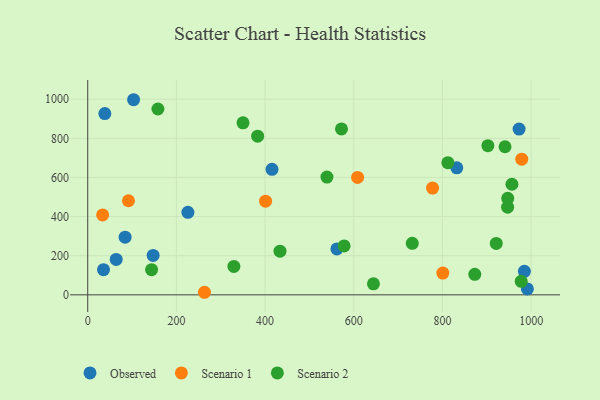
{"axis": {"x": "Engine Size", "y": "Exam Score"}, "legend": ["Observed", "Scenario 1", "Scenario 2"], "data": [{"x": "991.5", "y": 30.1, "type": "Observed"}, {"x": "561.9", "y": 234.5, "type": "Observed"}, {"x": "103.4", "y": 997.2, "type": "Observed"}, {"x": "64.2", "y": 181.1, "type": "Observed"}, {"x": "147.5", "y": 201.2, "type": "Observed"}, {"x": "84.3", "y": 294.7, "type": "Observed"}, {"x": "35.6", "y": 128.7, "type": "Observed"}, {"x": "415.6", "y": 641.4, "type": "Observed"}, {"x": "38.6", "y": 926.4, "type": "Observed"}, {"x": "972.8", "y": 847.3, "type": "Observed"}, {"x": "832.3", "y": 649.3, "type": "Observed"}, {"x": "984.8", "y": 120.0, "type": "Observed"}, {"x": "225.9", "y": 421.8, "type": "Observed"}, {"x": "777.7", "y": 545.6, "type": "Scenario 1"}, {"x": "91.9", "y": 480.9, "type": "Scenario 1"}, {"x": "401.1", "y": 478.6, "type": "Scenario 1"}, {"x": "33.6", "y": 408.4, "type": "Scenario 1"}, {"x": "608.6", "y": 600.1, "type": "Scenario 1"}, {"x": "978.8", "y": 693.3, "type": "Scenario 1"}, {"x": "263.3", "y": 13.1, "type": "Scenario 1"}, {"x": "800.8", "y": 111.0, "type": "Scenario 1"}, {"x": "578.2", "y": 249.8, "type": "Scenario 2"}, {"x": "947.2", "y": 493.4, "type": "Scenario 2"}, {"x": "433.6", "y": 223.0, "type": "Scenario 2"}, {"x": "144.0", "y": 128.8, "type": "Scenario 2"}, {"x": "921.3", "y": 263.0, "type": "Scenario 2"}, {"x": "946.9", "y": 448.2, "type": "Scenario 2"}, {"x": "941.1", "y": 756.9, "type": "Scenario 2"}, {"x": "539.5", "y": 601.7, "type": "Scenario 2"}, {"x": "572.3", "y": 847.8, "type": "Scenario 2"}, {"x": "158.3", "y": 949.8, "type": "Scenario 2"}, {"x": "956.7", "y": 565.2, "type": "Scenario 2"}, {"x": "350.2", "y": 879.1, "type": "Scenario 2"}, {"x": "812.2", "y": 675.6, "type": "Scenario 2"}, {"x": "977.6", "y": 69.1, "type": "Scenario 2"}, {"x": "872.9", "y": 104.9, "type": "Scenario 2"}, {"x": "383.2", "y": 810.8, "type": "Scenario 2"}, {"x": "902.4", "y": 762.3, "type": "Scenario 2"}, {"x": "644.4", "y": 56.3, "type": "Scenario 2"}, {"x": "731.9", "y": 263.5, "type": "Scenario 2"}, {"x": "329.6", "y": 145.0, "type": "Scenario 2"}]}